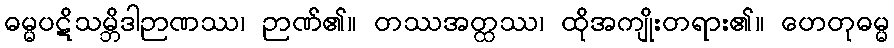
ဓမ္မပဋိသမ္ဘိဒါဉာဏဿ၊ ဉာဏ်၏။ တဿအတ္ထဿ၊ ထိုအကျိုးတရား၏။ ဟေတုဓမ္မ